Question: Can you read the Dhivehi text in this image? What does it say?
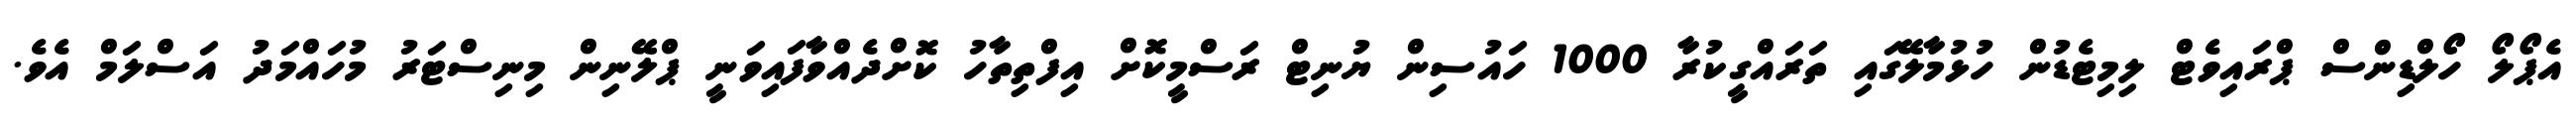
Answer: އެޕޯލޯ ހޯލްޑިންސް ޕްރައިވެޓް ލިމިޓެޑުން ހުޅުމާލޭގައި ތަރައްގީކުރާ 1000 ހައުސިން ޔުނިޓް ރަސްމީކޮށް އިފްތިތާހު ކޮށްދެއްވާފައިވަނީ ޕްލޭނިން މިނިސްޓަރު މުހައްމަދު އަސްލަމް އެވެ.